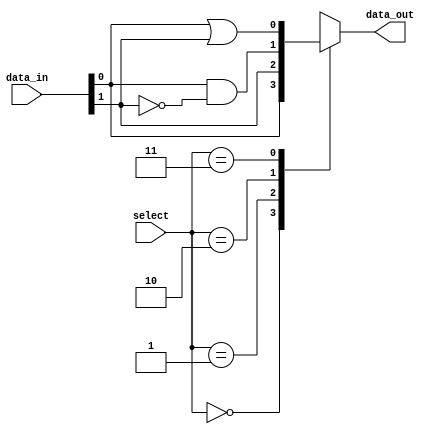
module demux_2to4 (
    input [1:0] select,
    input [1:0] data_in,
    output reg data_out
);

always @(*)
begin
    case (select)
        2'b00: data_out = data_in[0];
        2'b01: data_out = data_in[1];
        2'b10: data_out = data_in[0] & ~data_in[1];
        2'b11: data_out = data_in[0] | data_in[1];
    endcase
end

endmodule